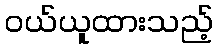
ဝယ်ယူထားသည့်